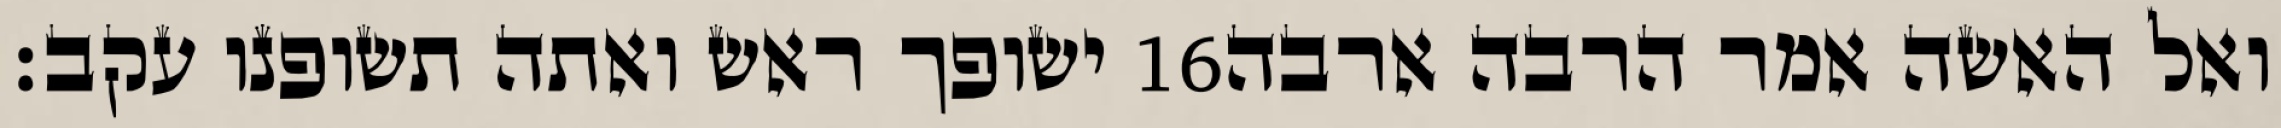
ישופך ראש ואתה תשופנו עקב׃ ‎16‏ ואל האשה אמר הרבה ארבה